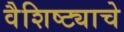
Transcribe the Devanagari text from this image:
वैशिष्ट्याचे